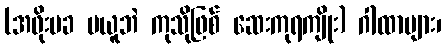
(အဖိုးမခ မယူဘဲ ကုသိုဖြစ် ဆေးကုရကျိုး) ဂါထာများ၊